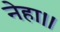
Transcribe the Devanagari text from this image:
नेहा।।